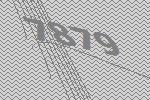
7879